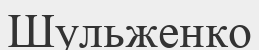
Шульженко